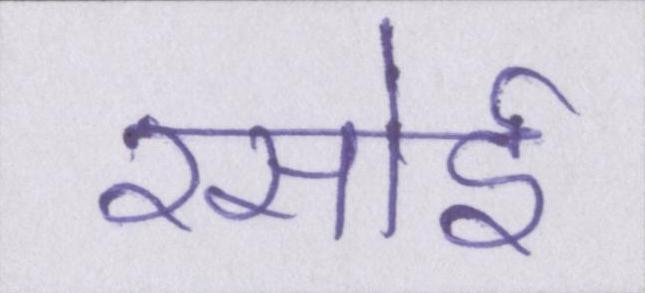
रसोई